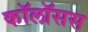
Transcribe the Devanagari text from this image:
कॉलॉसस